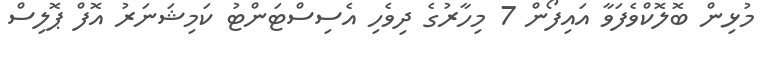
މުޅިން ބޮލޮކްވެފަވާ އައިފޯން 7 މިހާރުގެ ދިވެހި އެސިސްޓަންޓު ކަމިޝަނަރު އޮފް ޕޮލިސް